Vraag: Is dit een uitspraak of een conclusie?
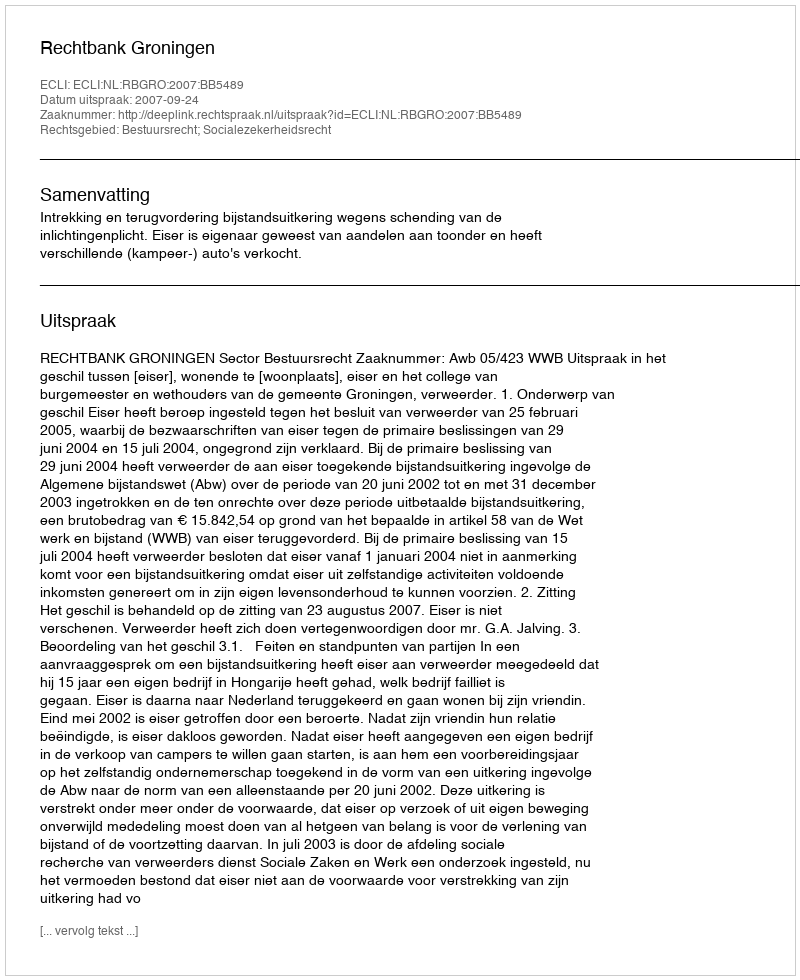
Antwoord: Uitspraak